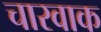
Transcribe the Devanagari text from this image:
चारवाक